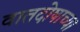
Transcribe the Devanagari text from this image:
वातदोषाच्या